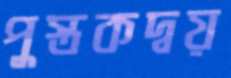
পুস্তকদ্বয়